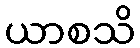
ယာစသိ